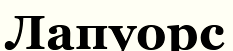
Лапуорс